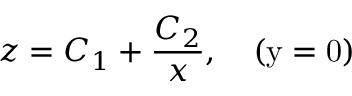
z = C _ { 1 } + \frac { C _ { 2 } } { x } , \ \ \ \mathrm { ( y = 0 ) }